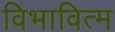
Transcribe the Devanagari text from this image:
विभावित्म